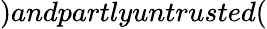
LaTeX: )andpartlyuntrusted(